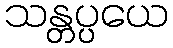
သန္တပ္ပယေ